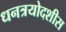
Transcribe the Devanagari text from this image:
धनत्रयोदशीस